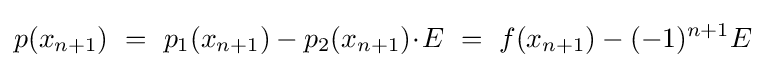
p(x_{n+1})\ =\ p_{1}(x_{n+1})-p_{2}(x_{n+1})\!\cdot \!E\ =\ f(x_{n+1})-(-1)^{n+1}E